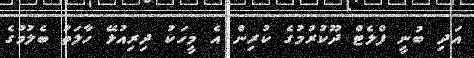
އަދި ބުނީ ފްލެޓް ދޫކުރުމުގެ ކުރިން އެ މީހަކު ދިރިއުޅޭ ހާލަތު ބެލުމުގެ